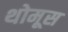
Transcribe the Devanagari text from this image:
थोमूस